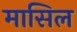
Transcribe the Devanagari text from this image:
मासिल